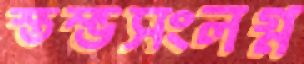
স্তম্ভসংলগ্ন